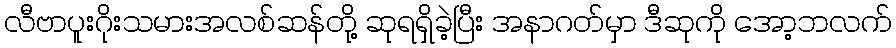
လီဗာပူးဂိုးသမားအလစ်ဆန်တို့ ဆုရရှိခဲ့ပြီး အနာဂတ်မှာ ဒီဆုကို အော့ဘလက်